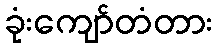
ခုံးကျော်တံတား